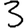
Digit: 3